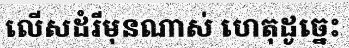
លើសដំរីមុនណាស់ ហេតុដូច្នេះ